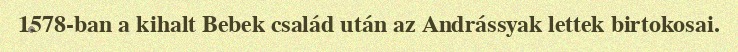
1578-ban a kihalt Bebek család után az Andrássyak lettek birtokosai.